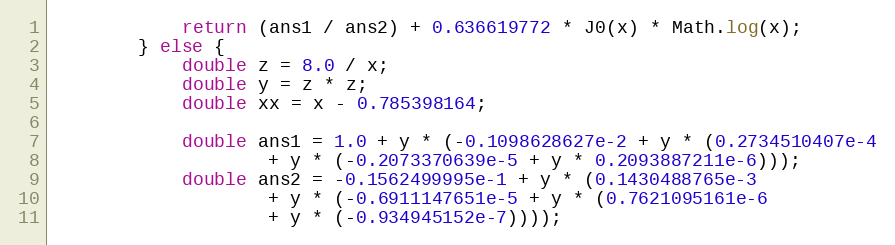
Language: Java
            return (ans1 / ans2) + 0.636619772 * J0(x) * Math.log(x);
        } else {
            double z = 8.0 / x;
            double y = z * z;
            double xx = x - 0.785398164;

            double ans1 = 1.0 + y * (-0.1098628627e-2 + y * (0.2734510407e-4
                    + y * (-0.2073370639e-5 + y * 0.2093887211e-6)));
            double ans2 = -0.1562499995e-1 + y * (0.1430488765e-3
                    + y * (-0.6911147651e-5 + y * (0.7621095161e-6
                    + y * (-0.934945152e-7))));